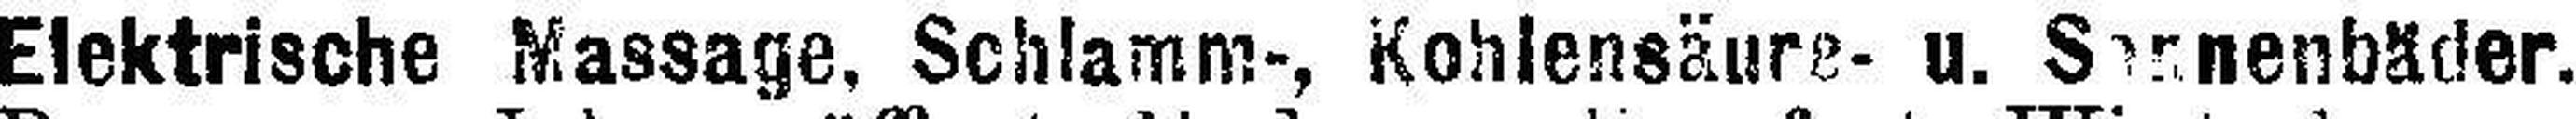
Elektrische Massage, Schlamm-, Kohlensäure- u. S###nenbäder.